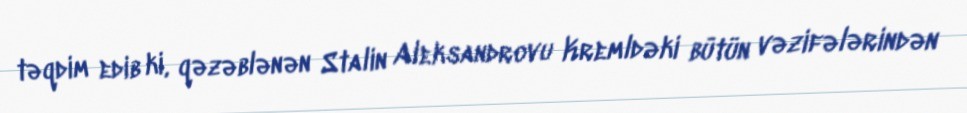
təqdim edib ki, qəzəblənən Stalin Aleksandrovu Kremldəki bütün vəzifələrindən